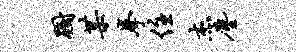
蹰某拳住杰尘